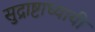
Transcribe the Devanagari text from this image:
सुद्राष्टाध्यायी